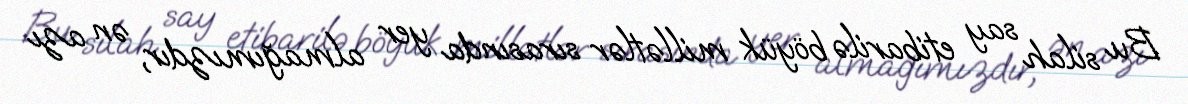
Bu silah say etibarilə böyük millətlər sırasında yer almağımızdır, ən azı